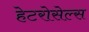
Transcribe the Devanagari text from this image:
हेटरोसेल्स